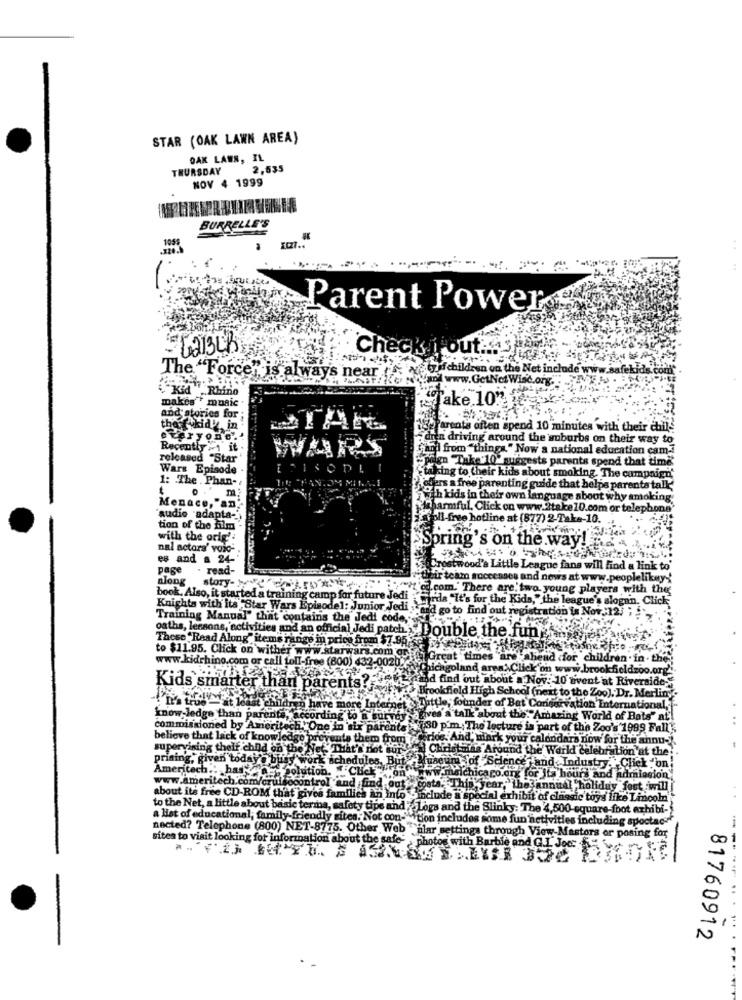
STAR (OAK LAWN AREA)
OAK LAWN, IL
THURSDAY
2.635
NOV 4 1999
BURRELLE'S
1055
FC27.
Parent Power
6213LB
Check itout ...
The "Force" is always near " x 7ofchildren on the Net include www.safe
Ke swan www.GetNet Wisc.org.
Kid ".Rhino
fake,1032
makes ' music
and atories for ;
the kid in
Parents often spend 10 minutes with their chil-
everyone"
in driving around the suburbs on their way to
Recently -1 it
and from ""things." Now a national education cam-
released "Star
gn Take 10' surge
ts parents spend that time
Wars Episode .
KOPL
1: . The . Phan-
{talking to their kids about smoking. The campaign'
jers a free parenting guide that helps parents talk
o ' m
with kids in their own language about why smoking
Menace, "an'
Asharmful, Click on www.2take 10.com or telephone
audio adapta-
Troll-free hotline at (877) 2-Take-10.
tion of the film
with the orig':
ESpring's on the way!
nal actora' voic- .
es and a 24-
page
read-
Crestwood's Little League fans will find a link to'
along
story- Je
their team roceenses and news at www.peoplelikey-
{'el.com.' There are'ts
oung players with the
book. Also, it started a training camp for future Jedi
rds "It's for the Kids," the league's slogan. Click
Knights with its "Star Wars Episodel: Junior Jedi
did go to find out regi
Training Manual" that contains the Jedi code,
oaths, lessons,'activities and an official Jedi patch>Double the fun-
These Read Along" items range in price from $7.95 €
to $11.95. Click on wither
wars.com orfo
www.kidrhino.com or call toll-free (800) 432-0020.7
times "are'shead dfor children. in.
nd area> Click on ww
lazoo.org
d find out about a Nov. 10 wvent at Riverside"
Kids smarter than parents!
rookfield High School (next to the Zoo), Dr. Merling"
"founder of Bat Cons
""Li'a true"> at least children have more Intern
avation International,
know ledge than parents, according to a Survey
'a'talk about the:"Amazing World of Bats" at
commissioned by Ameritech. One in six parents 30
The lecture is part of the Zoo's 1999 Fall',
believe that lack of knowledge
Grants them from
d, mark your calendars now for the annu-
supervining thelf child on the Net' That's not sur
mas Around the World celebration at the
Ameritech .: haskins solution.
prising,' given today's burs works
ork schedules, But
of Science and Industry " Click "'on
www.ameritech.com/cruise
msichica po.org for its hours and admission'
control and find out 999
costa, This year, the annual holiday fort wwill
about its free CD-ROM that gives families an into include a special exhibit of classic toys like Lincoln
to the Net, a little about basic teria, safety tips and ;; Logs and the Slinky: The 4,500 square-foot exhibi-
a list of educational, family-friendly sites. Not con-M tion includes some fun'netivities including spoctac""
nected? Telephone (800) NET-8775. Other Web " alar settings through View-Mastors or posing for
sites to visit looking for information about the safe- photos with Barbie and G.I. Joe
81760912